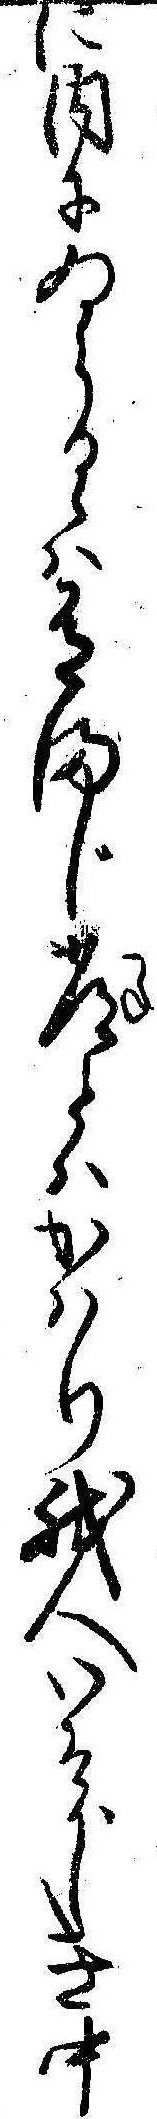
に内にゐらるゝは有まじ常とはかはり我人いそがしき中